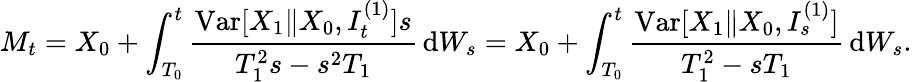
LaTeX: M_{t}=X_{0}+\int_{T_{0}}^{t}\frac{\mathrm{Var}[X_{1}\| X_{0},I_{t}^{(1)}]s}{T_{1}^{2}s-s^{2}T_{1}}\, \mathrm{d}W_{s}=X_{0}+\int_{T_{0}}^{t}\frac{\mathrm{Var}[X_{1}\| X_{0},I_{s}^{(1)}]}{T_{1}^{2}-sT_{1}}\, \mathrm{d}W_{s}.